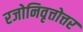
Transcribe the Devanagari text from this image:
रजोनिवृत्तोत्तर